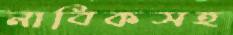
নাবিকসহ